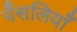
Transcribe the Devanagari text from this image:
पँसलियाँ